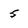
Character: 5